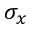
\sigma _ { x }